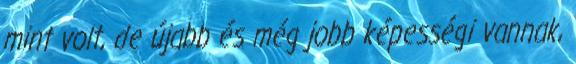
mint volt, de újabb és még jobb képességi vannak,